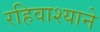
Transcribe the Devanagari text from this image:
रहिवाश्याने